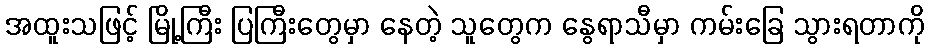
အထူးသဖြင့် မြို့ကြီး ပြကြီးတွေမှာ နေတဲ့ သူတွေက နွေရာသီမှာ ကမ်းခြေ သွားရတာကို